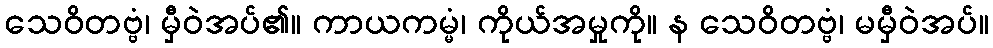
သေဝိတဗ္ဗံ၊ မှီဝဲအပ်၏။ ကာယကမ္မံ၊ ကိုယ်အမှုကို။ န သေဝိတဗ္ဗံ၊ မမှီဝဲအပ်။